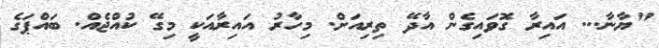
"ޔާނާ... އައިރާ ގޮވައިގެން އާދޭ ތިރިއަށް. މިހާރު އައިރާއަކީ މިގޭ ކުއްޖެއް. ބައްޕަގެ